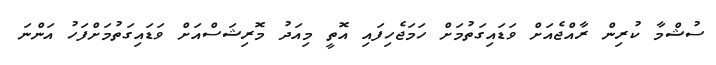
ސުޝްމާ ކުރިން ރާއްޖެއަށް ވަޑައިގަތުމަށް ހަމަޖެހިފައި އޮތީ މިއަދު މޮރިޝަސްއަށް ވަޑައިގަތުމަށްފަހު އަންނަ